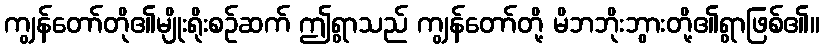
ကျွန်တော်တို၏မျိုးရိုးစဉ်ဆက် ဤရွာသည် ကျွန်တော်တို့ မိဘဘိုးဘွားတို့၏ရွာဖြစ်၏။